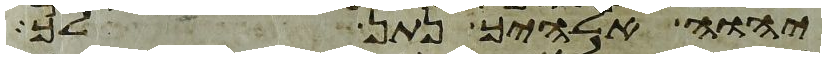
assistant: יהוה אלהיך נתן לך